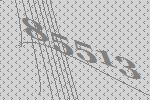
85513